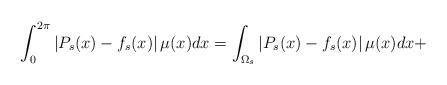
LaTeX: \begin{align*}\int_0^{2\pi} \left| P_s(x)-f_s(x) \right|\mu(x)dx=\int_{\Omega_s}\left| P_s(x)-f_s(x) \right|\mu(x)dx+\end{align*}